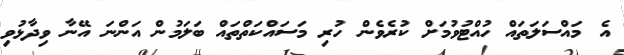
އެ މައްސަލަތައް ހުއްޓުވުމަށް ކުރެވެން ހުރި މަސައްކަތްތައް ބަލަމުން އަންނަ އޭނާ ވިދާޅުވި